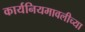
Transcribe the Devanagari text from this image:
कार्यनियमावलीच्या